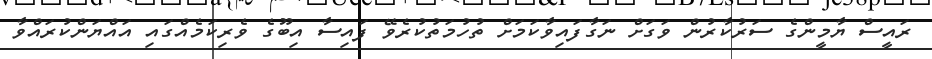
ރައީސް ޔާމީންގެ ސަރުކާރުން ވަގަށް ނަގާފައިވާކަމަށް ތުހުމަތުކުރެވޭ ފައިސާ އިބޫގެ ވެރިކަމެއްގައި އައްޔަންކުރައްވާ